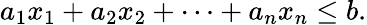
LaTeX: a_{1}x_{1}+a_{2}x_{2}+\cdots+a_{n}x_{n}\leq b.